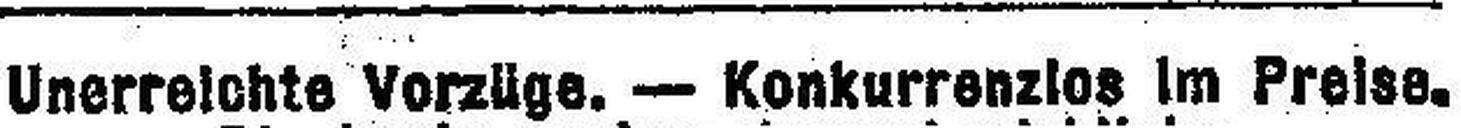
Unerreichte Vorzüge. — Konkurrenzlos im Preise.